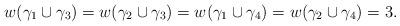
LaTeX: \begin{align*} w(\gamma_{1}\cup{\gamma_{3}})=w(\gamma_{2}\cup{\gamma_{3}})=w(\gamma_{1}\cup{\gamma_{4}})=w(\gamma_{2}\cup{\gamma_{4}})=3.\end{align*}